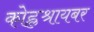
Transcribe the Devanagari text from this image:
कोह्लश्रायबर